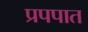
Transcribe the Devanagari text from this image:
प्रपपात